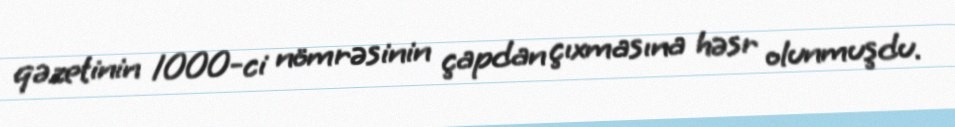
qəzetinin 1000-ci nömrəsinin çapdan çıxmasına həsr olunmuşdu.